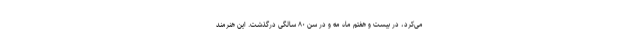
می‌کرد، در بیست و هفتم ماه مه و در سن ۸۰ سالگی درگذشت. این هنرمند